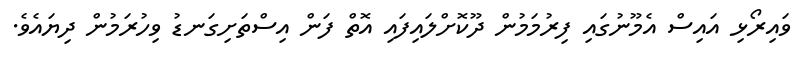
ވައިރޯޅި އައިސް އެމޫނުގައި ފިރުމަމުން ދޫކޮށްލައިފައި އޮތް ފަން އިސްތަށިގަނޑު ވިހުރަމުން ދިޔައެވެ.